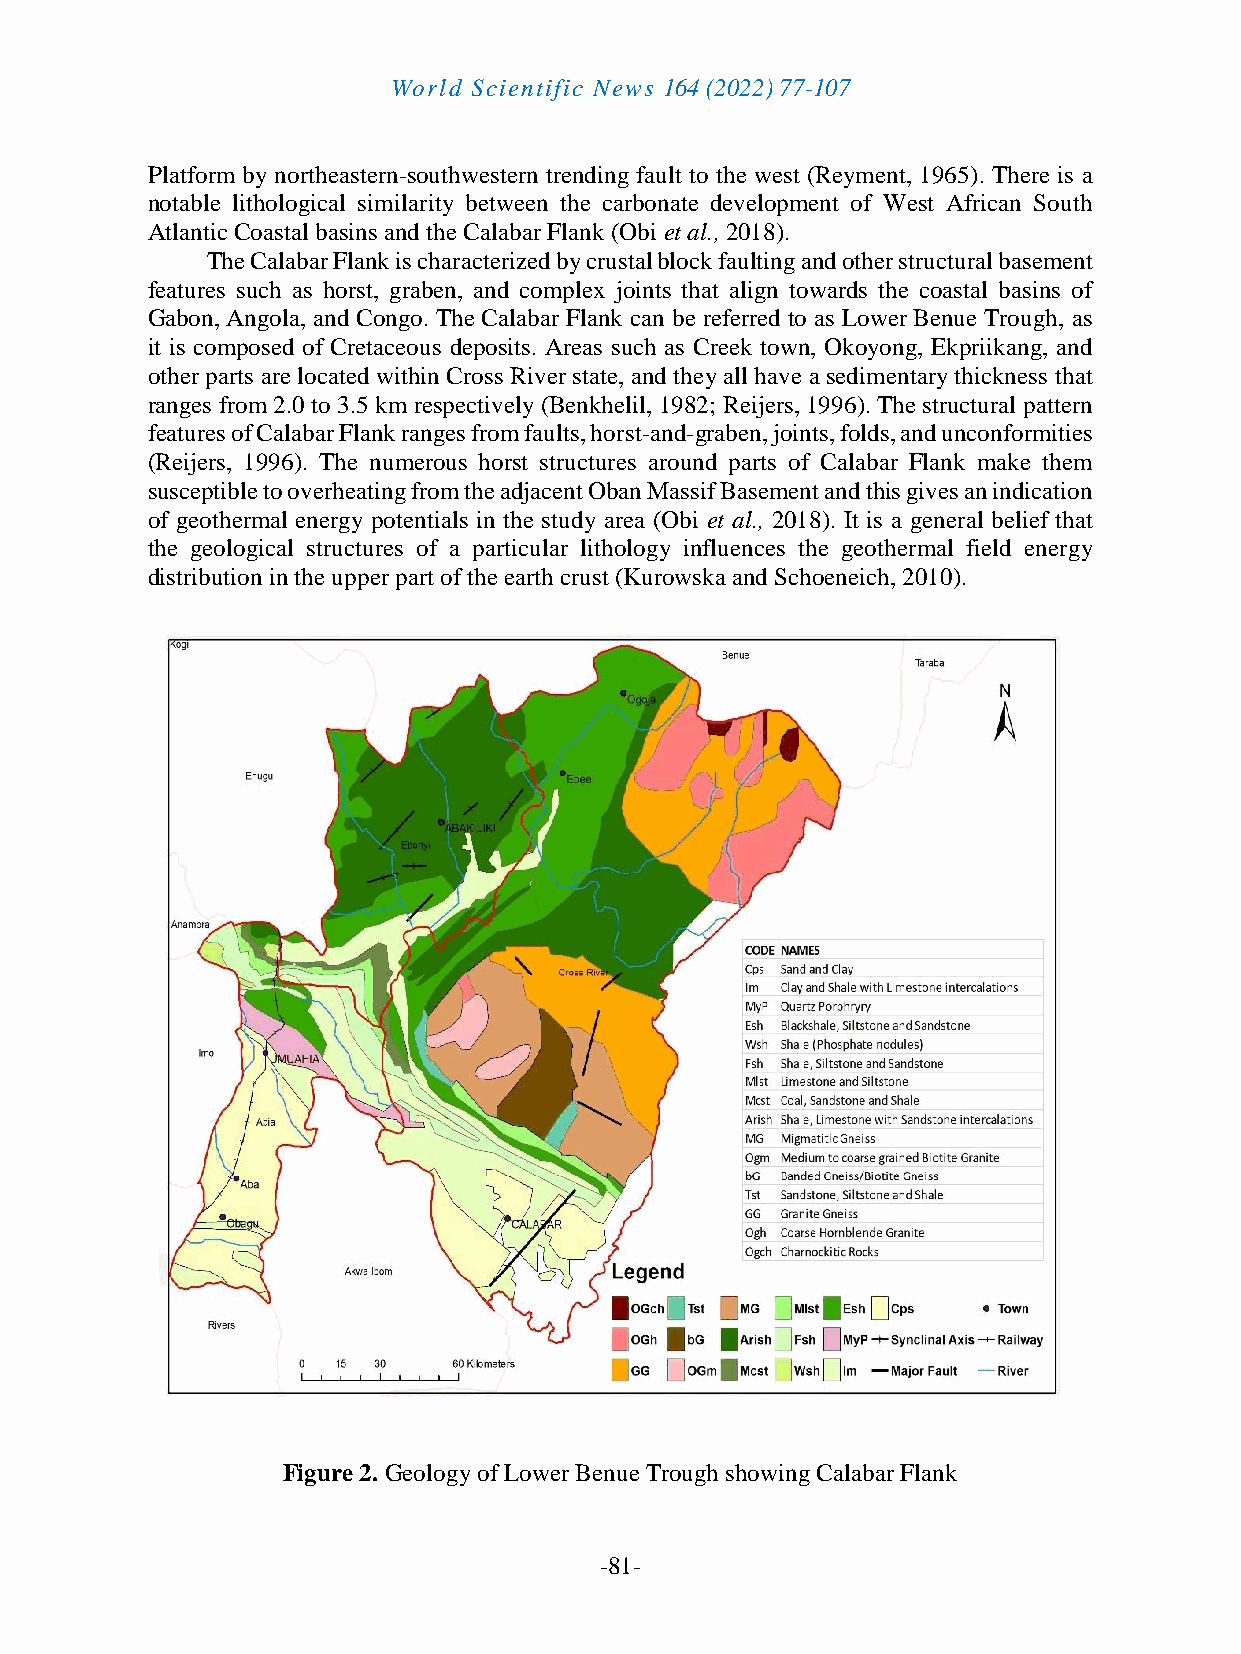
World Scientific News 164 (2022) 77-107
 Platform by northeastern-southwestern trending fault to the west (Reyment, 1965). There is a
 notable lithological similarity between the carbonate development of West African South
 Atlantic Coastal basins and the Calabar Flank (Obi et al., 2018).
 The Calabar Flank is characterized by crustal block faulting and other structural basement
 features such as horst, graben, and complex joints that align towards the coastal basins of
 Gabon, Angola, and Congo. The Calabar Flank can be referred to as Lower Benue Trough, as
 it is composed of Cretaceous deposits. Areas such as Creek town, Okoyong, Ekpriikang, and
 other parts are located within Cross River state, and they all have a sedimentary thickness that
 ranges from 2.0 to 3.5 km respectively (Benkhelil, 1982; Reijers, 1996). The structural pattern
 features of Calabar Flank ranges from faults, horst-and-graben, joints, folds, and unconformities
 (Reijers, 1996). The numerous horst structures around parts of Calabar Flank make them
 susceptible to overheating from the adjacent Oban Massif Basement and this gives an indication
 of geothermal energy potentials in the study area (Obi et al., 2018). It is a general belief that
 the geological structures of a particular lithology influences the geothermal field energy
 distribution in the upper part of the earth crust (Kurowska and Schoeneich, 2010).
 Figure 2. Geology of Lower Benue Trough showing Calabar Flank
 -81-